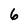
Character: 6